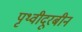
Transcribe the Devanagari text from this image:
पृथ्वीदूरबीन